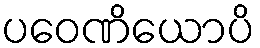
ပဝေဏိယောပိ